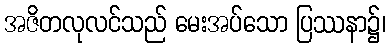
အဇိတလုလင်သည် မေးအပ်သော ပြဿနာ၌၊